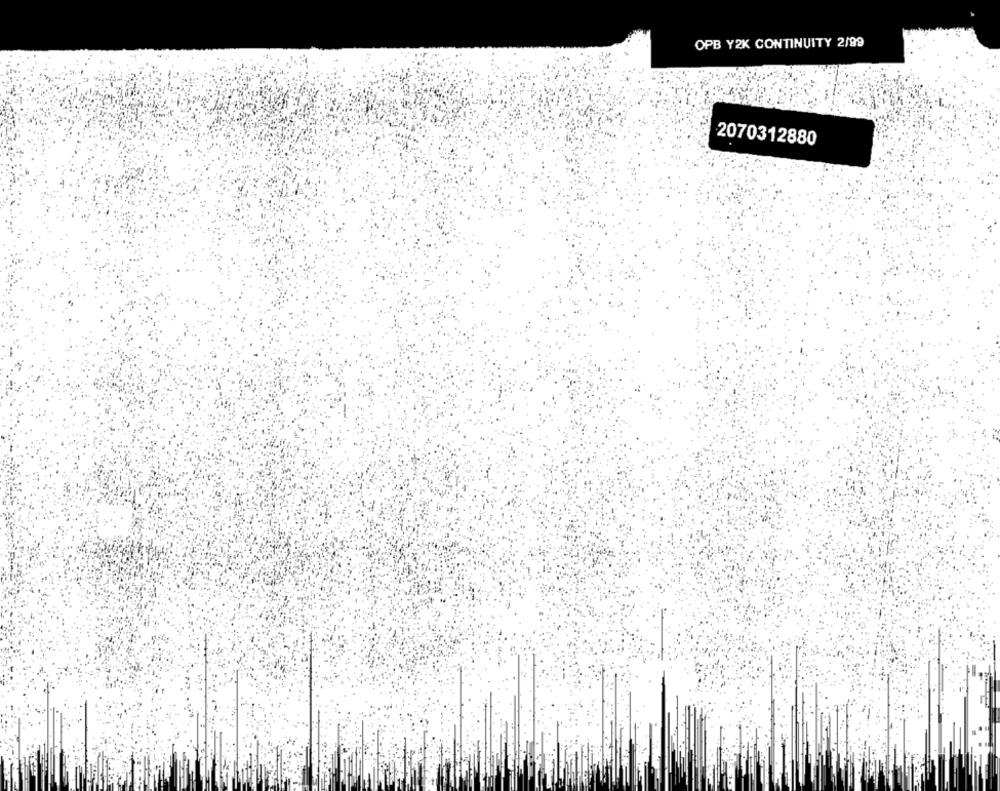
OPB Y2K CONTINUITY 2/99
2070312880